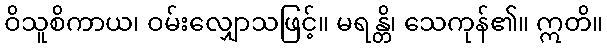
ဝိသူစိကာယ၊ ဝမ်းလျှောသဖြင့်။ မရန္တိ၊ သေကုန်၏။ ဣတိ။